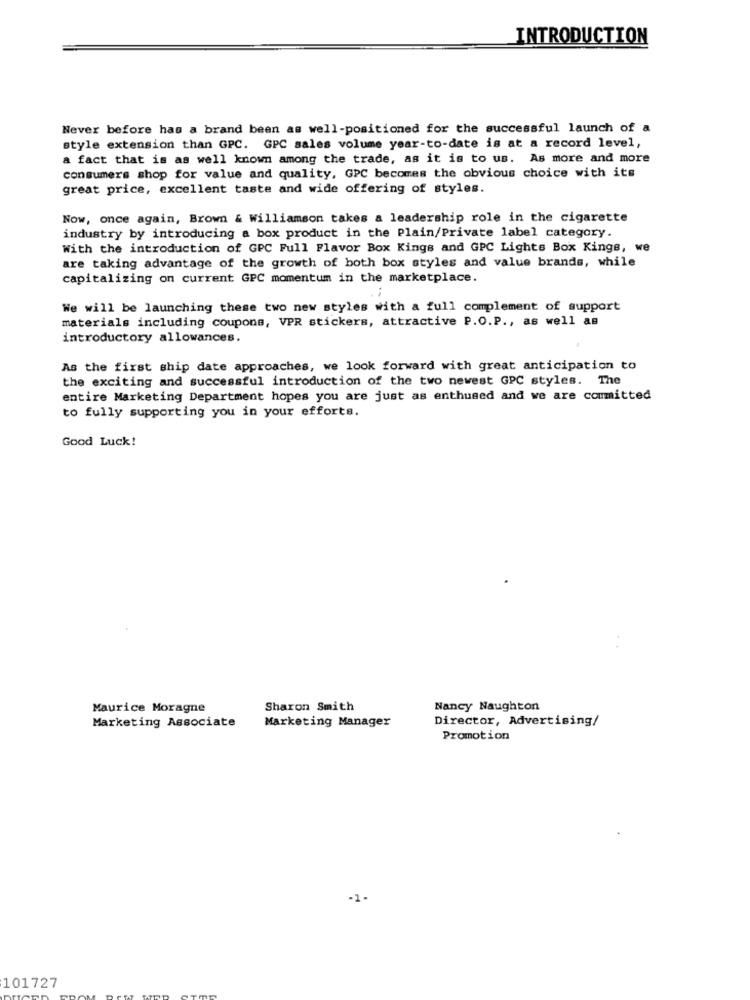
INTRODUCTION
Never before has a brand been as well-positioned for the successful launch of a
style extension than GPC. GPC sales volume year-to-date is at a record level,
a fact that is as well known among the trade, as it is to us. As more and more
consumers shop for value and quality, GPC becomes the obvious choice with its
great price, excellent taste and wide offering of styles.
Now, once again, Brown & Williamson takes a leadership role in the cigarette
industry by introducing a box product in the Plain/Private label category.
With the introduction of GPC Full Flavor Box Kings and GPC Lights Box Kings, we
are taking advantage of the growth of both box styles and value brands, while
capitalizing on current GPC momentum in the marketplace.
We will be launching these two new styles with a full complement of support
materials including coupons, VPR stickers, attractive P.O.P ., as well as
introductory allowances.
As the first ship date approaches, we look forward with great anticipation to
the exciting and successful introduction of the two newest GPC styles. The
entire Marketing Department hopes you are just as enthused and we are committed
to fully supporting you in your efforts.
Good Luck!
Maurice Moragne
Sharon Smith
Nancy Naughton
Marketing Associate
Marketing Manager
Director, Advertising/
Promotion
101727